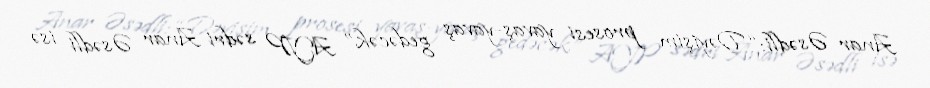
Anar Əsədli: “Dəyişim prosesi yavaş-yavaş gedəcək” AYP sədri Anar Əsədli isə